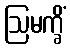
ဩမက္ခိံ